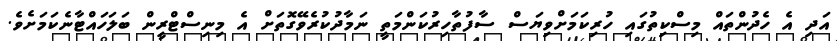
އަދި އެ ހެދުންތައް މިސްކިތުގައި ހުރިކަމަށްވިޔަސް ސާފުތާހިރުކަންމަތީ ނަމާދުކުރެވޭގޮތަށް އެ މިނިސްޓްރީން ބަލަހައްޓާނެކަމަށެވެ.